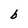
Character: b